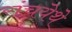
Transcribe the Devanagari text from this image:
रांचयेथे